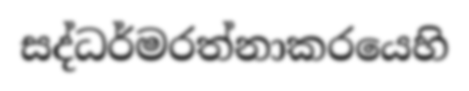
සද්ධර්මරත්නාකරයෙහි